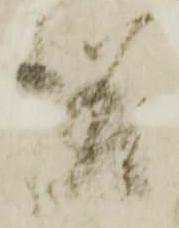
様